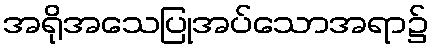
အရိုအသေပြုအပ်သောအရာ၌